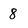
Character: 8